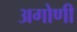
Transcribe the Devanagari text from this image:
अगोणी